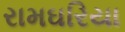
રામઘરિયા